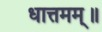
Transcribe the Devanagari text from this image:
धात्तमम्‌॥